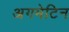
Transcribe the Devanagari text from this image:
अगमेटिन